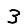
Digit: 3